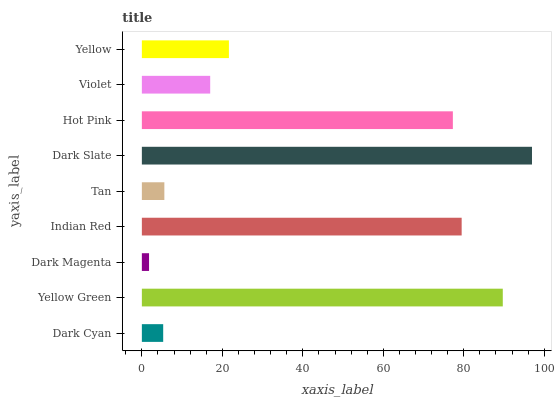
| yaxis_label | bars |
 | --- | --- |
 | Dark Cyan | 5.3 |
 | Yellow Green | 89.7 |
 | Dark Magenta | 1.79 |
 | Indian Red | 79.5 |
 | Tan | 5.59 |
 | Dark Slate | 97 |
 | Hot Pink | 77.3 |
 | Violet | 17 |
 | Yellow | 21.6 |